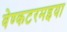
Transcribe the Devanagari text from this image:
वेण्कटरमइया